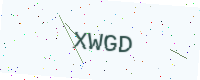
Text: XWGD